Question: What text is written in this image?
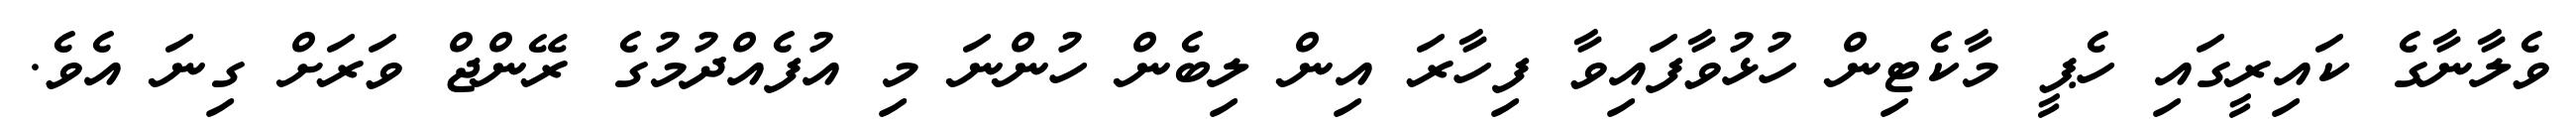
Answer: ވެލާނާގެ ކައިރީގައި ހެޕީ މާކެޓިން ހުޅުވާފައިވާ ފިހާރަ އިން ލިބެން ހުންނަ މި އުފެއްދުމުގެ ރޭންޖް ވަރަށް ގިނަ އެވެ.